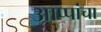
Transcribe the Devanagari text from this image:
आप्पांचा